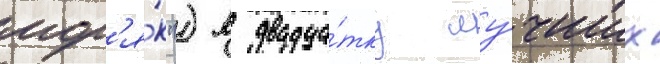
мор'я́к") в двадца́тку лу́чших